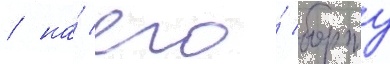
/ на́ его́ борту